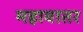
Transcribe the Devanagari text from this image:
महावातर